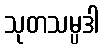
သုတသမ္ပဒါ